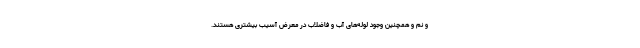
و نم و همچنین وجود لوله‌های آب و فاضلاب در معرض آسیب بیشتری هستند.